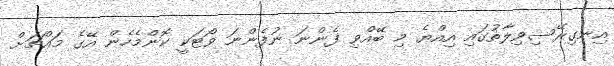
އިނގިރޭސިވިލާތުގައި އިއްޔެ މި ބޭއްވި ފެންނަ ނުފެންނަ ވޯޓަކީ ކޮންމެހެން އޭގެ މައްޗަށް